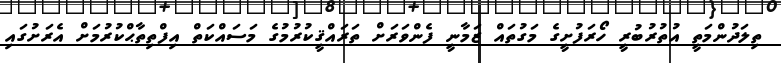
ތިލަދުންމަތީ އުތުރުބުރީ ހޯރަފުށީގެ މަގުތައް ޒަމާނީ ފެންވަރަށް ތަރައްޤީކުރުމުގެ މަސައްކަތް އިފްތިތާޙްކުރުމަށް އެރަށުގައި